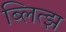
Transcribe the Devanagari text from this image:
ब्लित्झ